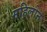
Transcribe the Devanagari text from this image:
महिलोन